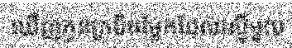
ឃើញកូនក្របីចម្លែកដែលស្ទើមួយ